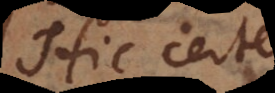
Hic certe